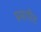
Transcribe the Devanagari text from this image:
प्रसारित